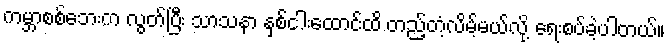
ကမ္ဘာစစ်ဘေးက လွတ်ပြီး သာသနာ နှစ်ငါးထောင်ထိ တည့်တံ့လိမ့်မယ်လို့ ရေးစပ်ခဲ့ပါတယ်။